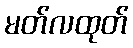
မတ်လထုတ်